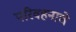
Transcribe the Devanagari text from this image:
परिवहनाचे